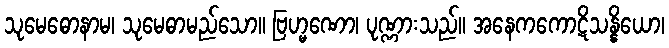
သုမေဓောနာမ၊ သုမေဓာမည်သော။ ဗြဟ္မဏော၊ ပုဏ္ဏားသည်။ အနေကကောဋိသန္နိယော၊